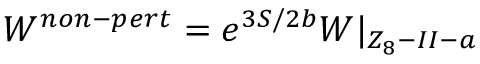
{ \cal W } ^ { n o n - p e r t } = e ^ { 3 S / 2 b } { \cal W } | _ { Z _ { 8 } - I I - a }